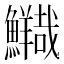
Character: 𲍃